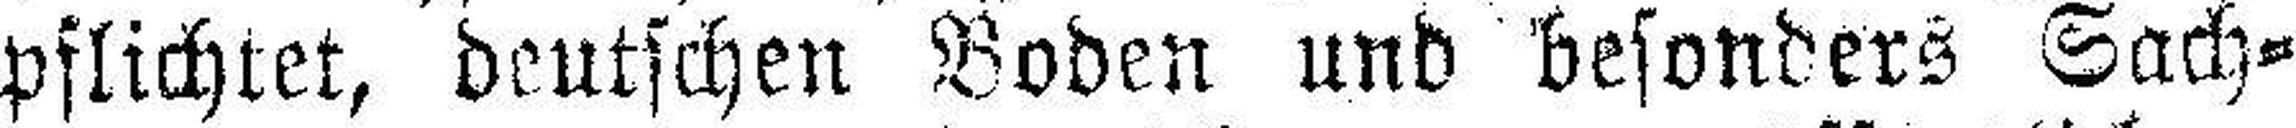
pflichtet, deutschen Boden und besonders Sach¬